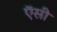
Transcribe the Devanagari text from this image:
ऍसी